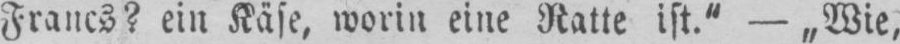
Francs? ein Käse, worin eine Ratte ist.“ - „Wie,